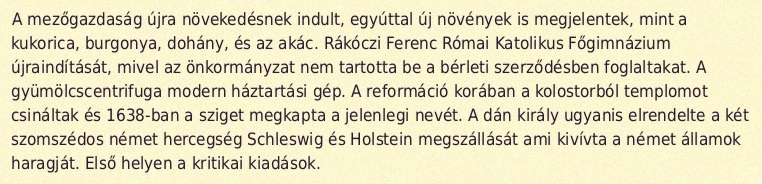
A mezőgazdaság újra növekedésnek indult, egyúttal új növények is megjelentek, mint a kukorica, burgonya, dohány, és az akác. Rákóczi Ferenc Római Katolikus Főgimnázium újraindítását, mivel az önkormányzat nem tartotta be a bérleti szerződésben foglaltakat. A gyümölcscentrifuga modern háztartási gép. A reformáció korában a kolostorból templomot csináltak és 1638-ban a sziget megkapta a jelenlegi nevét. A dán király ugyanis elrendelte a két szomszédos német hercegség Schleswig és Holstein megszállását ami kivívta a német államok haragját. Első helyen a kritikai kiadások.